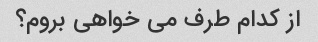
از کدام طرف می خواهی بروم؟